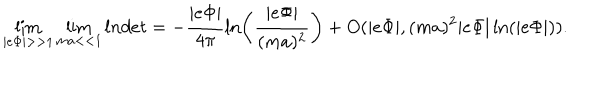
\lim _ { | e \Phi | > > 1 } \lim _ { m a < < 1 } l n d e t = - \frac { | e \Phi | } { 4 \pi } \ln \left( \frac { | e \Phi | } { ( m a ) ^ { 2 } } \right) + O ( | e \Phi | , ( m a ) ^ { 2 } | e \Phi | \ln ( | e \Phi | ) ) .